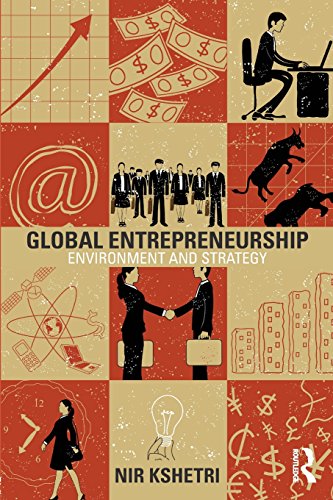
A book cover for Global Entrepreneurship: Environment and Strategy; Nir Kshetri; Business & Money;